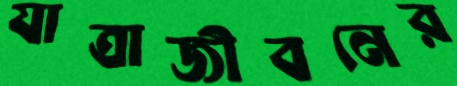
যাত্রাজীবনের